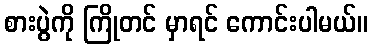
စားပွဲကို ကြိုတင် မှာရင် ကောင်းပါမယ်။